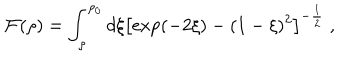
{ \cal F } ( \rho ) = \int _ { \rho } ^ { \rho _ { 0 } } d \xi \left[ \exp ( - 2 \xi ) - ( 1 - \xi ) ^ { 2 } \right] ^ { - { \frac { 1 } { 2 } } } ~ ,